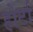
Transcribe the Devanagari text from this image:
होर्टा